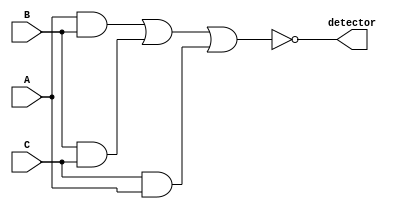
module minority_detector(A,B,C,detector);
input A,B,C;  
output detector;
wire W1,W2,W3; 

 assign W1 = A&B;   
 assign W2 = B&C;
 assign W3 = C&A;  
 
 assign detector = ~(W1|W2|W3);
 

endmodule